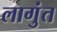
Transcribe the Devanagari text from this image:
लागुंत